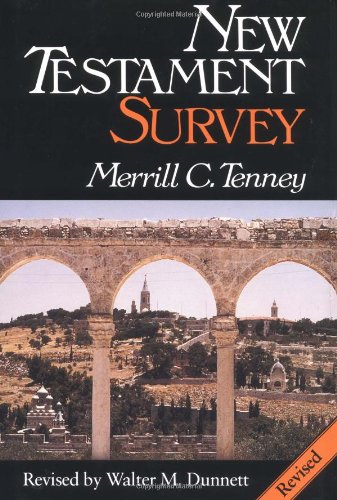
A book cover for New Testament Survey; Merrill C. Tenney; Christian Books & Bibles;